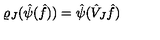
\varrho _ { J } ( \hat { \psi } ( \hat { f } ) ) = \hat { \psi } ( \hat { V } _ { J } \hat { f } )